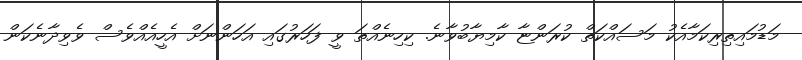
މަޑުމައިތިރިކަމާއެކު މަސައްކަތް ކުރަންޏާ ކާމިޔާބުވާނެ. ކިހިނެއްތަ ވީ ފަހަރުގައި އަހަންނަށް އެހީއެއްވެސް ވެވިދާނެކަން